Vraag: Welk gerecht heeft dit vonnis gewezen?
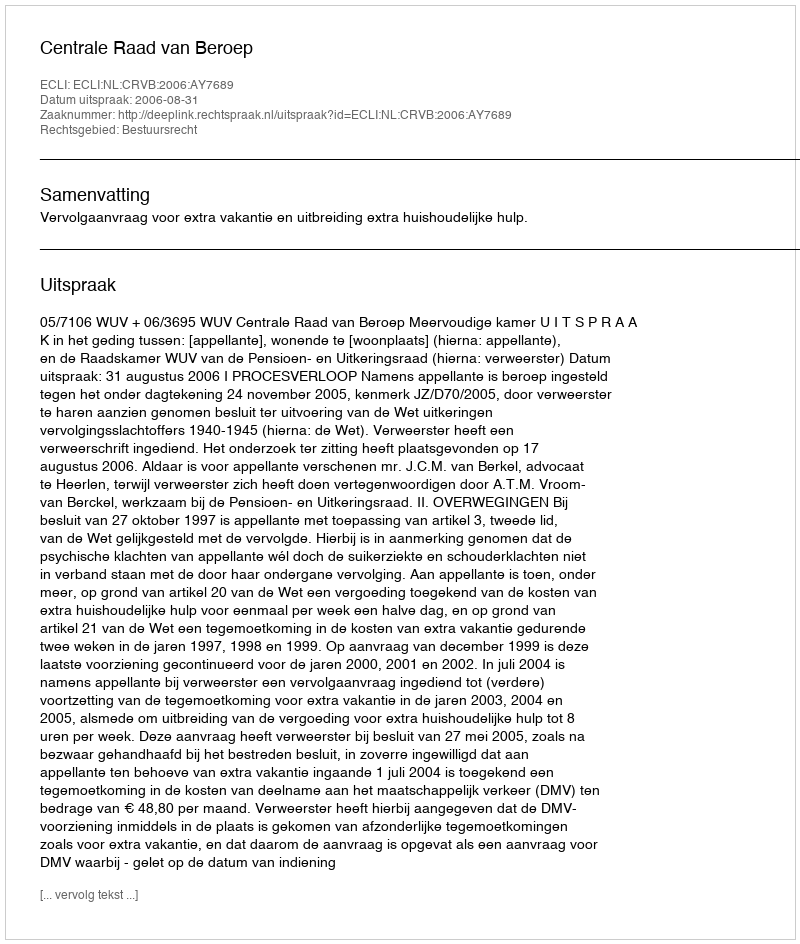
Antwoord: Centrale Raad van Beroep